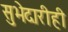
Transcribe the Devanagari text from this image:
सुभेदारीही